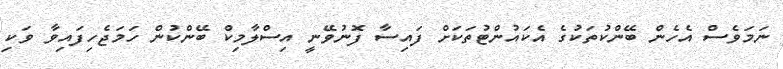
ނަމަވެސް އެހެން ބޭންކުތަކުގެ އެކައުންޓުތަކަށް ފައިސާ ފޮނުވޭނީ އިސްލާމިކް ބޭންކުން ހަމަޖެހިފައިވާ ވަކި